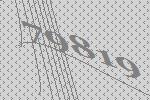
79819